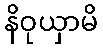
နိဝုယှာမိ